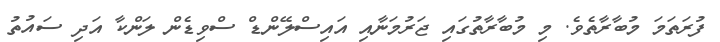
ފުރަތަމަ މުބާރާތެވެ. މި މުބާރާތުގައި ޖަރުމަނާއި އައިސްލޭންޑް ސްވިޑެން ލަންކާ އަދި ސައުތު